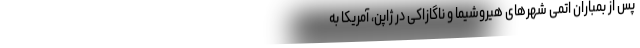
پس از بمباران اتمی شهرهای هیروشیما و ناگازاکی در ژاپن، آمریکا به